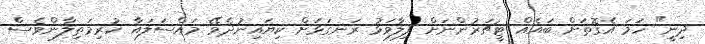
ދިނީ" ހަމަ އެގޮތަށް ބައެއް ޓީޗަރުންނަށް ފިލާވަޅު ރަނގަޅަށް ކިޔައިނުދެވޭ މައްސަލައާ ކުރިމަތިލާންވެސް